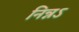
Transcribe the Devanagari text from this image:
निन्नऽ